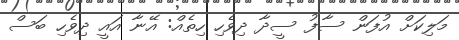
މަލިކަށް އުފަން ސާފު ސީދާ ދިވެހި ހިތެއް: އޭނާ އައީ ދިވެހި ބަސް